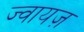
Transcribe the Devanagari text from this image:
ज्वायज़